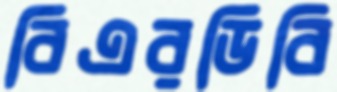
বিএরডিবি